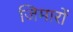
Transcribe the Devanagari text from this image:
जिमारों